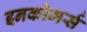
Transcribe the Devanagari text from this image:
इनकोमर्स